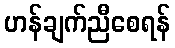
ဟန်ချက်ညီစေရန်